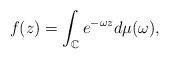
LaTeX: \begin{align*} f(z)=\int_{\mathbb{C}}e^{-\omega z}d\mu(\omega),\end{align*}